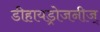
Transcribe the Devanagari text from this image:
डीहायड्रोजनीज्